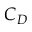
C _ { D }